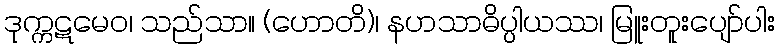
ဒုက္ကဋမေဝ၊ သည်သာ။ (ဟောတိ)၊ နဟသာဓိပ္ပါယဿ၊ မြူးတူးပျော်ပါး